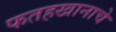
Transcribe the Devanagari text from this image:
फतहखानाचे